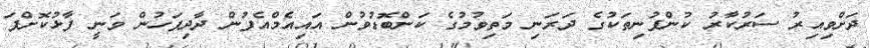
ދަށްވިއިރު ސަރުކާރު ކުންފުނިތަކުގެ ދަރަނި މަތިވުމުގެ ކަންބޮޑުވުން އައިއެމްއެފުން ދާދިފަހުން ވަނީ ފާޅުކޮށްފަ